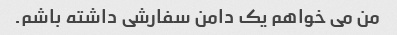
من می خواهم یک دامن سفارشی داشته باشم.